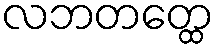
လဘတတ္ထေ